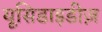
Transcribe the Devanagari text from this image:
यूसिडाइडीज़